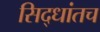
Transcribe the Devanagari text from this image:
सिद्धांतच